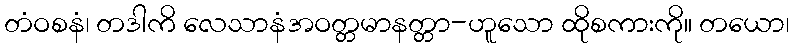
တံဝစနံ၊ တဒါကိ လေသာနံအဝတ္တမာနတ္တာ-ဟူသော ထိုစကားကို။ တယော၊